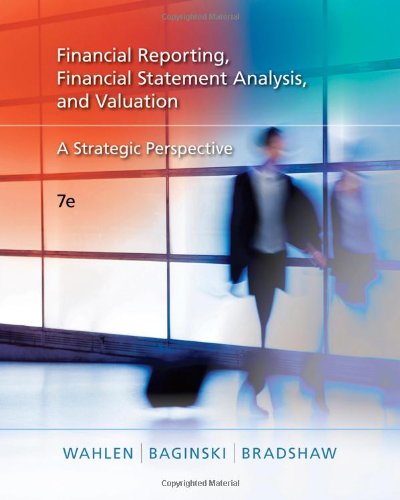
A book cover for Financial Reporting, Financial Statement Analysis and Valuation: A Strategic Perspective (with Thomson One Printed Access Card); James M. Wahlen; Business & Money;